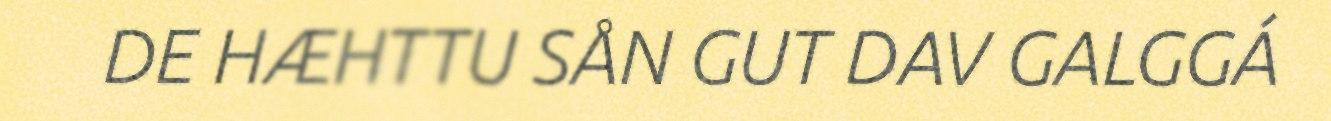
DE HÆHTTU SÅN GUT DAV GALGGÁ